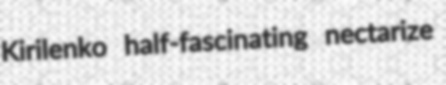
Kirilenko half-fascinating nectarize